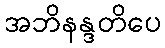
အဘိနန္ဒတိပေ